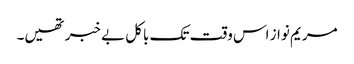
مریم نواز اس وقت تک باکل بے خبر تھیں۔